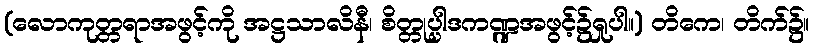
(လောကုတ္တရာအဖွင့်ကို အဋ္ဌသာလိနီ၊ စိတ္တုပ္ပါဒကဏ္ဍအဖွင့်၌ရှုပါ။) တိကေ၊ တိက်၌။